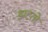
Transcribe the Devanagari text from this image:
झटतो